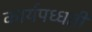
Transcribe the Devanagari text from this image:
कार्यपध्धती